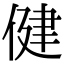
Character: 健